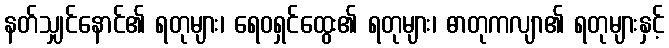
နတ်သျှင်နောင်၏ ရတုများ၊ ရေဝရှင်ထွေး၏ ရတုများ၊ ဓာတုကလျာ၏ ရတုများနှင့်